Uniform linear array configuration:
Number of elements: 4
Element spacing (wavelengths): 0.25
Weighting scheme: hamming
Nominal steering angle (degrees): -30
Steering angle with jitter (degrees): -30.322
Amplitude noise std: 0.05
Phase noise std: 0.05

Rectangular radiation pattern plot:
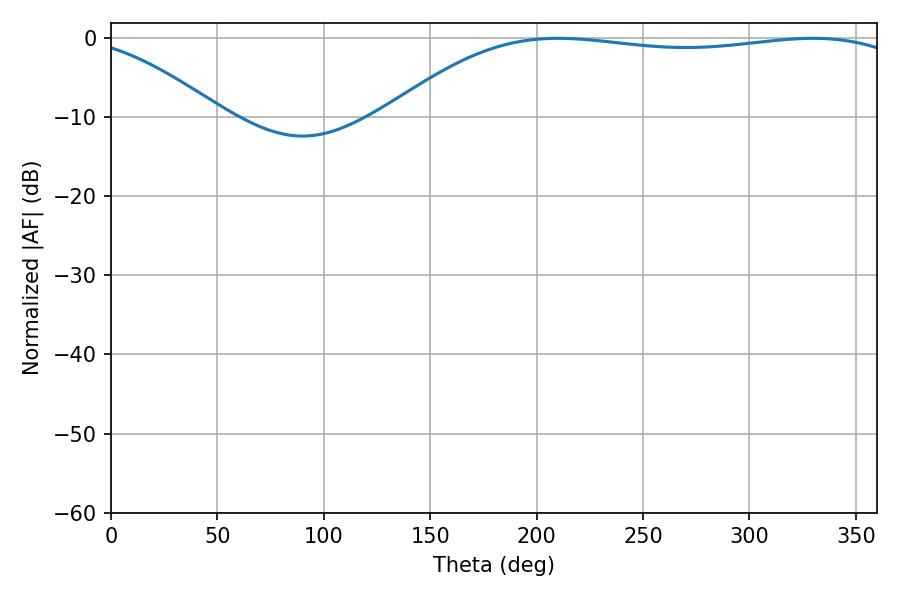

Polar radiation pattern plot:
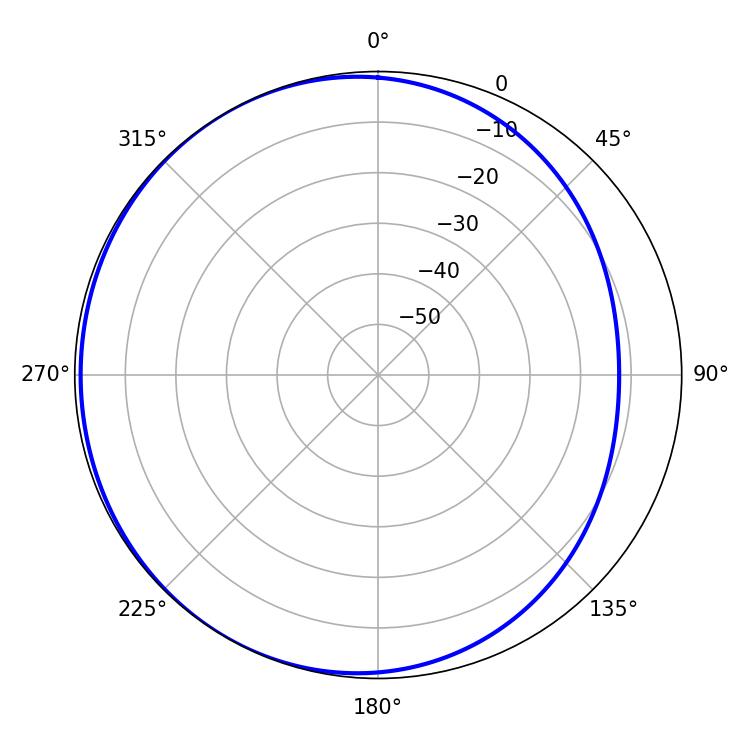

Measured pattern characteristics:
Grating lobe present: FALSE
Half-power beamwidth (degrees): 196.38
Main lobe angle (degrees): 210.06